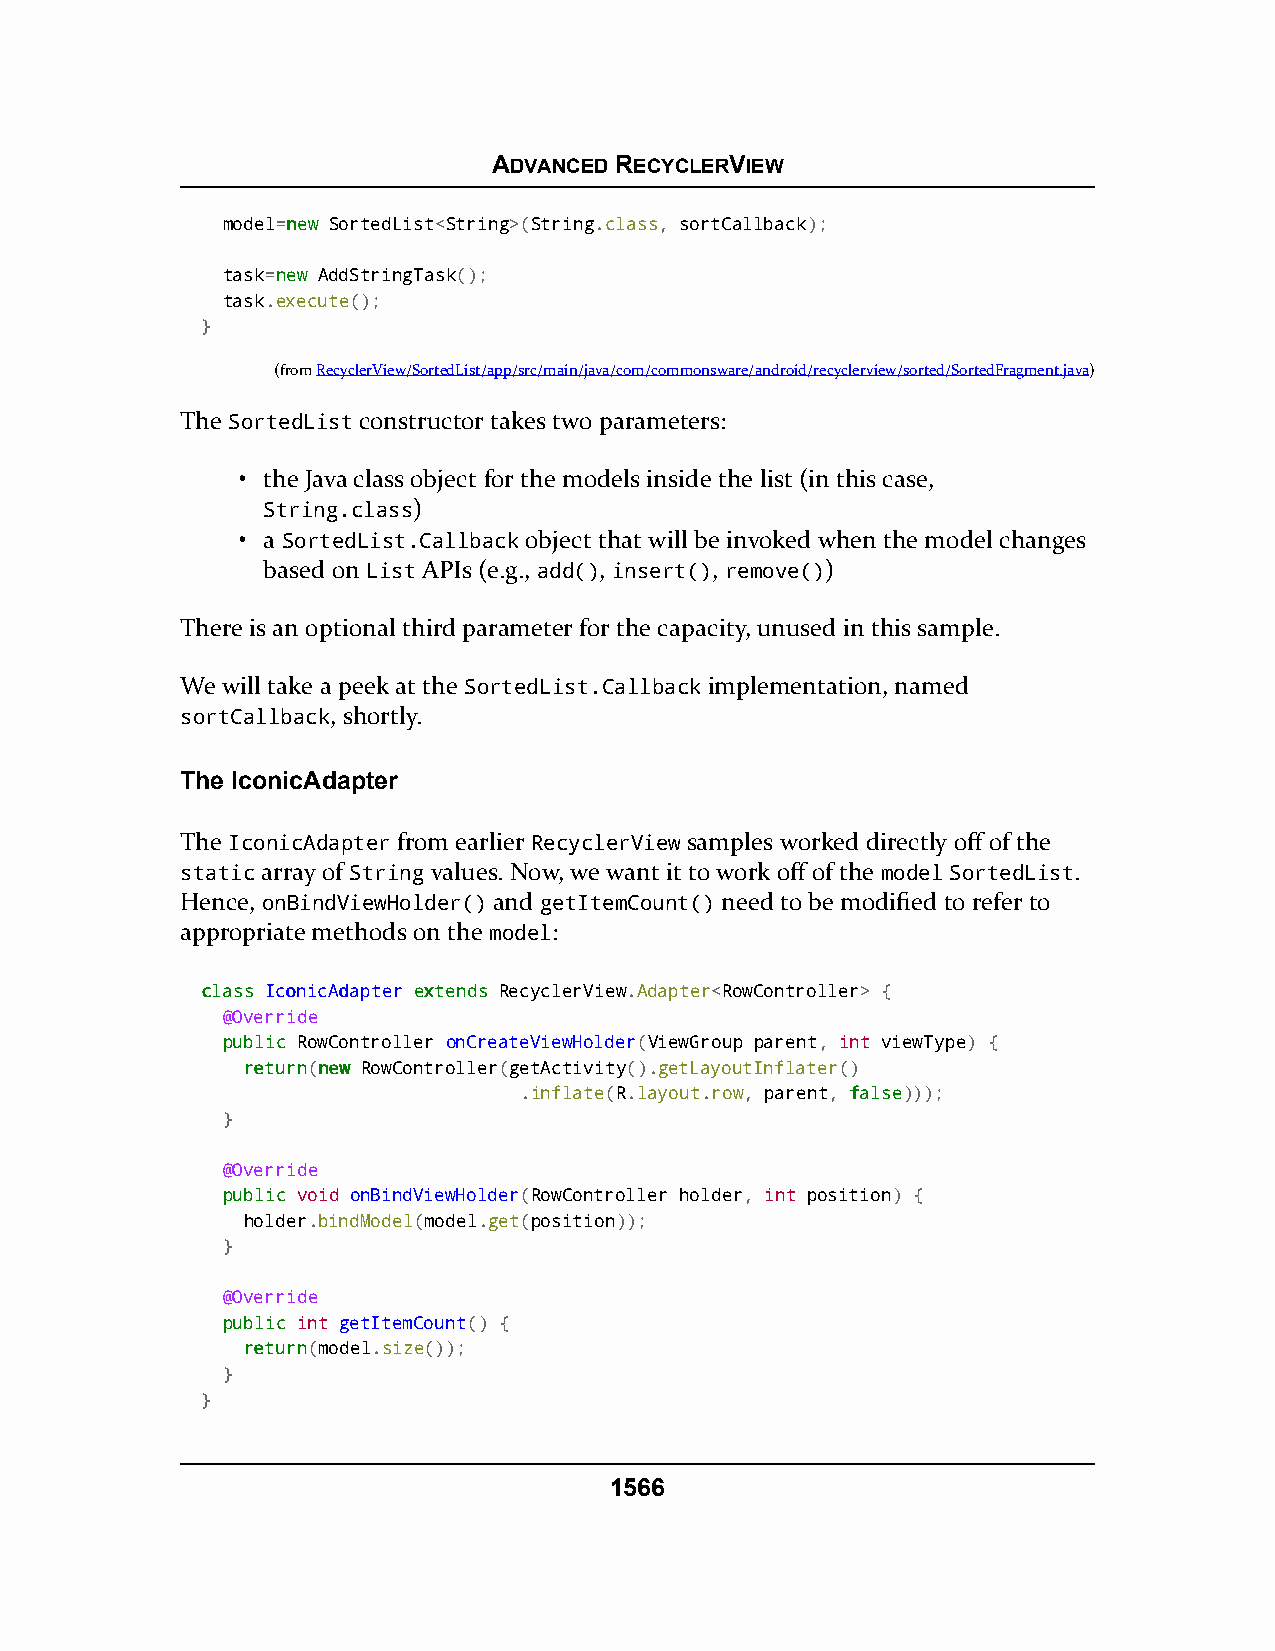
ADVANCED RECYCLERVIEW
 model=nneeww SortedList<String>(String.class, sortCallback);
 task=nneeww AddStringTask();
 task.execute();
 }
 (fromRecyclerView/SortedList/app/src/main/java/com/commonsware/android/recyclerview/sorted/SortedFragment.java)
 The SortedList constructor takes two parameters:
 • the Java class object for the models inside the list (in this case,
 String.class)
 • a SortedList.Callback object that will be invoked when the model changes
 based on List APIs (e.g., add(), insert(), remove())
 There is an optional third parameter for the capacity, unused in this sample.
 We will take a peek at the SortedList.Callback implementation, named
 sortCallback, shortly.
 The IconicAdapter
 The IconicAdapter from earlier RecyclerView samples worked directly off of the
 static array of String values. Now, we want it to work off of the model SortedList.
 Hence, onBindViewHolder() and getItemCount() need to be modified to refer to
 appropriate methods on the model:
 ccllaassss IIccoonniiccAAddaapptteerr eexxtteennddss RecyclerView.Adapter<RowController> {
 @Override
 ppuubblliicc RowController onCreateViewHolder(ViewGroup parent, int viewType) {
 rreettuurrnn(nneeww RowController(getActivity().getLayoutInflater()
 .inflate(R.layout.row, parent, ffaallssee)));
 }
 @Override
 ppuubblliicc void onBindViewHolder(RowController holder, int position) {
 holder.bindModel(model.get(position));
 }
 @Override
 ppuubblliicc int getItemCount() {
 rreettuurrnn(model.size());
 }
 }
 1566